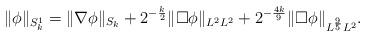
LaTeX: \begin{align*} \| \phi\|_{S_k^1} = \| \nabla \phi\|_{S_k} + 2^{-\frac{k}2} \|\Box \phi\|_{L^2 L^{2}} + 2^{-\frac{4k}9} \|\Box \phi\|_{L^{\frac95} L^2} .\end{align*}